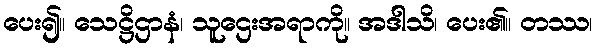
ပေး၍။ သေဋ္ဌိဌာနံ၊ သူဌေးအရာကို။ အဒါသိ၊ ပေး၏။ တဿ၊